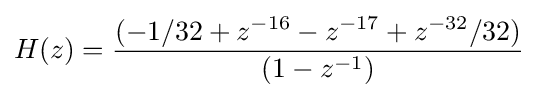
H(z)={(-1/32+z^{-16}-z^{-17}+z^{-32}/32) \over (1-z^{-1})}